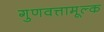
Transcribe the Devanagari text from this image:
गुणवत्तामूल्क